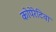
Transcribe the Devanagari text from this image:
कोपेरेटिवा